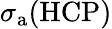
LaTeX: \sigma_{\mathrm{{a}}}(\mathrm{{HCP})}